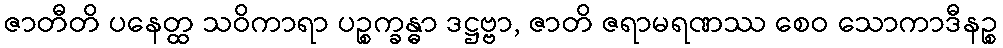
ဇာတီတိ ပနေတ္ထ သဝိကာရာ ပဉ္စက္ခန္ဓာ ဒဋ္ဌဗ္ဗာ, ဇာတိ ဇရာမရဏဿ စေဝ သောကာဒီနဉ္စ